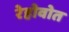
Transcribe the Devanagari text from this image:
रेहोवोत